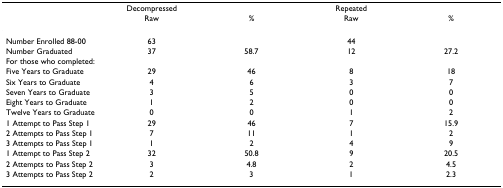
<table><thead><tr><td></td><td><b>Decompressed</b></td><td></td><td><b>Repeated</b></td><td></td></tr><tr><td></td><td><b>Raw</b></td><td><b>%</b></td><td><b>Raw</b></td><td><b>%</b></td></tr></thead><tbody><tr><td>Number Enrolled 88-00</td><td>63</td><td></td><td>44</td><td></td></tr><tr><td>Number Graduated</td><td>37</td><td>58.7</td><td>12</td><td>27.2</td></tr><tr><td>For those who completed:</td><td></td><td></td><td></td><td></td></tr><tr><td>Five Years to Graduate</td><td>29</td><td>46</td><td>8</td><td>18</td></tr><tr><td>Six Years to Graduate</td><td>4</td><td>6</td><td>3</td><td>7</td></tr><tr><td>Seven Years to Graduate</td><td>3</td><td>5</td><td>0</td><td>0</td></tr><tr><td>Eight Years to Graduate</td><td>1</td><td>2</td><td>0</td><td>0</td></tr><tr><td>Twelve Years to Graduate</td><td>0</td><td>0</td><td>1</td><td>2</td></tr><tr><td>1 Attempt to Pass Step 1</td><td>29</td><td>46</td><td>7</td><td>15.9</td></tr><tr><td>2 Attempts to Pass Step 1</td><td>7</td><td>11</td><td>1</td><td>2</td></tr><tr><td>3 Attempts to Pass Step 1</td><td>1</td><td>2</td><td>4</td><td>9</td></tr><tr><td>1 Attempt to Pass Step 2</td><td>32</td><td>50.8</td><td>9</td><td>20.5</td></tr><tr><td>2 Attempts to Pass Step 2</td><td>3</td><td>4.8</td><td>2</td><td>4.5</td></tr><tr><td>3 Attempts to Pass Step 2</td><td>2</td><td>3</td><td>1</td><td>2.3</td></tr></tbody></table>